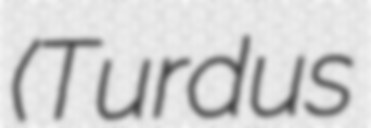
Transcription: (Turdus